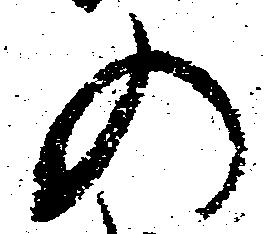
の